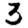
Digit: 3